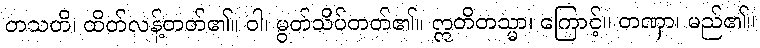
တသတိ၊ ထိတ်လန့်တတ်၏။ ဝါ၊ မွတ်သိပ်တတ်၏။ ဣတိတသ္မာ၊ ကြောင့်။ တဏှာ၊ မည်၏။